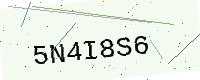
Text: 5N4I8S6